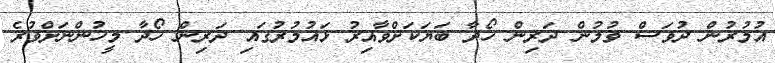
އުމުރުން ދުވަސް ވުމުން ދަރިން ހޯދާ ބަޔަކަށްވާއިރު ޅައުމުރުގައި ދަރިން ހޯދާ މީހުންނަށްވުރެ